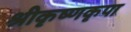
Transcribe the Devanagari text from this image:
श्रीकृष्णकृपा